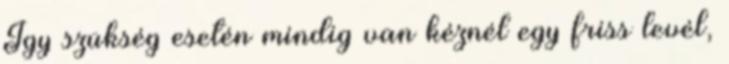
Így szükség esetén mindig van kéznél egy friss levél,